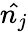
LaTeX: \hat{n_{j}}